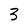
Character: 3